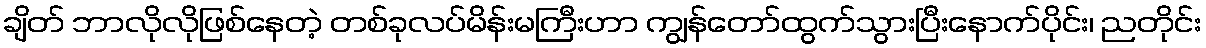
ချိတ် ဘာလိုလိုဖြစ်နေတဲ့ တစ်ခုလပ်မိန်းမကြီးဟာ ကျွန်တော်ထွက်သွားပြီးနောက်ပိုင်း၊ ညတိုင်း